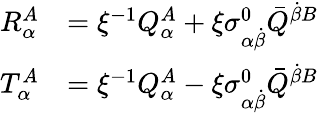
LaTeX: {\begin{array}{rl}{R_{\alpha}^{A}}&{=\xi^{-1}Q_{\alpha}^{A}+\xi\sigma_{\alpha{\dot{\beta}}}^{0}{\bar{Q}}^{{\dot{\beta}}B}}\\ {T_{\alpha}^{A}}&{=\xi^{-1}Q_{\alpha}^{A}-\xi\sigma_{\alpha{\dot{\beta}}}^{0}{\bar{Q}}^{{\dot{\beta}}B}}\end{array}}